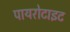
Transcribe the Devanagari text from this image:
पायरोटाइट